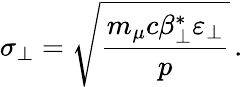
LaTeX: \sigma_{\perp}=\sqrt{\frac{m_{\mu}c\beta_{\perp}^{*}\varepsilon_{\perp}}{p}}\, .